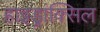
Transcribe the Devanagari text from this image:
हाइड्रांक्सिल